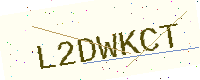
Text: L2DWKCT